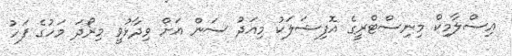
އިސްލާމިކް މިނިސްޓްރީގެ އޮފިޝަލަކު މިއަދު ސަން އަށް ވިދާޅުވީ މިރޯދަ މަހުގެ ފަހު